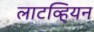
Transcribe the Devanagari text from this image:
लाटव्हियन